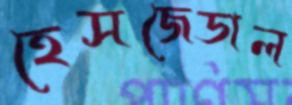
হেসজেডাল